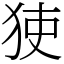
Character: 㹬